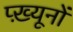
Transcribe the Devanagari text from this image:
प्ख़्यूनों